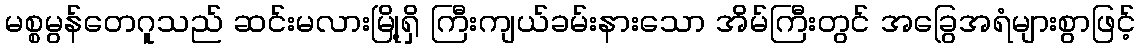
မစ္စမွန်တေဂူသည် ဆင်းမလားမြို့ရှိ ကြီးကျယ်ခမ်းနားသော အိမ်ကြီးတွင် အခြွေအရံများစွာဖြင့်